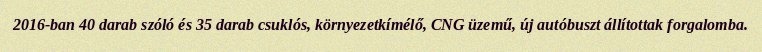
2016-ban 40 darab szóló és 35 darab csuklós, környezetkímélő, CNG üzemű, új autóbuszt állítottak forgalomba.